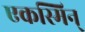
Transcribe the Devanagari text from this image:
एकस्मिन्